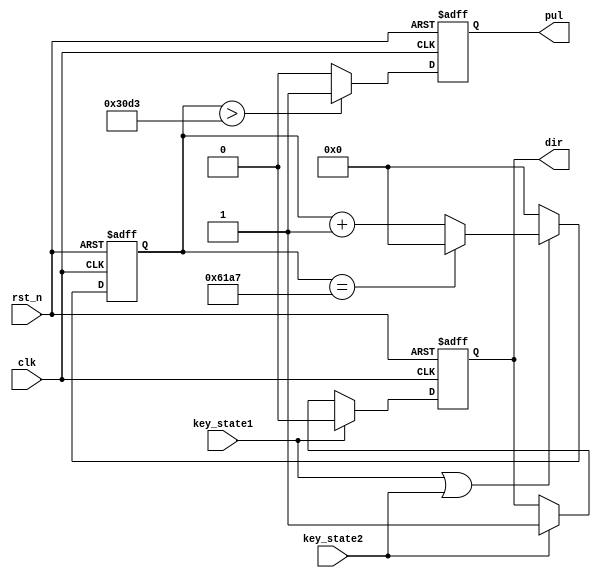
module bujindianji2(clk,
	rst_n,
	key_state1,
	key_state2,
	pul,
	dir
    );

input clk;
input rst_n;
input key_state1;
input key_state2;
output reg pul;
output reg dir;

localparam delay_cnt = 25000;
reg [15:0]cnt;
reg state;
reg next_state;


always @(posedge clk or negedge rst_n)
    if(!rst_n)
	    cnt <= 0;
	else if(key_state1 | key_state2)
        if(cnt == delay_cnt - 1)
	        cnt <= 0;
	    else 
	        cnt <= cnt + 1'b1;
	else 
	    cnt <= 0;
		
always @(posedge clk or negedge rst_n)
    if(!rst_n)
        pul <= 0;	
	else if(cnt > delay_cnt / 2 - 1)
        pul <= 1;	
	else 
	    pul <= 0;
		
always @(posedge clk or negedge rst_n)
    if(!rst_n)
	    dir <= 0;
	else if(key_state1)
	    dir <= 0;
	else if(key_state2)
	    dir <= 1;
	else 
	    dir <= dir;

endmodule